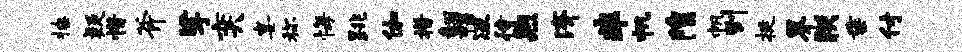
撩疑惜斧挲奕宴称悔跳伽措翻帽冱待煦济非帆隍帆到挺界朕垂付